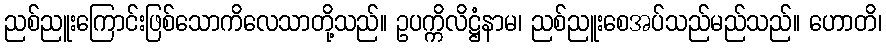
ညစ်ညူးကြောင်းဖြစ်သောကိလေသာတို့သည်။ ဥပက္ကိလိဋ္ဌံနာမ၊ ညစ်ညူးစေအပ်သည်မည်သည်။ ဟောတိ၊